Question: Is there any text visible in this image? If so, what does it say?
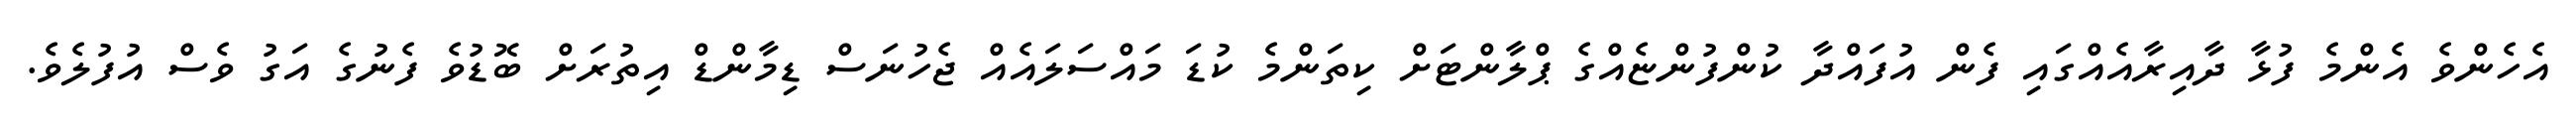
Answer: އެހެންވެ އެންމެ ފުޅާ ދާއިރާއެއްގައި ފެން އުފައްދާ ކުންފުންޏެއްގެ ޕްލާންޓަށް ކިތަންމެ ކުޑަ މައްސަލައެއް ޖެހުނަސް ޑިމާންޑް އިތުރަށް ބޮޑުވެ ފެނުގެ އަގު ވެސް އުފުލެވެ.